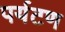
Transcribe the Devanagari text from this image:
पर्यटण